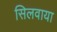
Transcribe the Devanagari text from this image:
सिलवाया